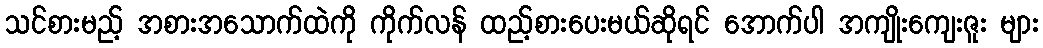
သင်စားမည့် အစားအသောက်ထဲကို ကိုက်လန် ထည့်စားပေးမယ်ဆိုရင် အောက်ပါ အကျိုးကျေးဇူး များ